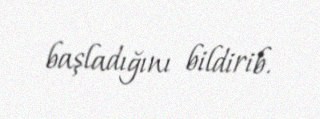
başladığını bildirib.